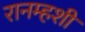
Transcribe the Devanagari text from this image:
रानम्हशी